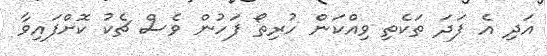
އަދި އެ ފަދަ ތަކެތި ވިއްކަން ހުރިތޯ ފަހުން ވެސް ޗެކު ކޮށްފައިވާ